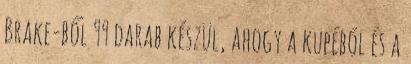
Brake-ből 99 darab készül, ahogy a kupéból és a